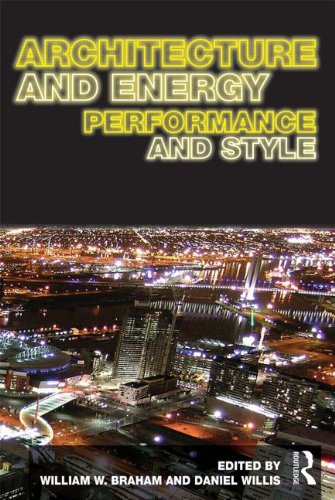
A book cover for Architecture and Energy: Performance and Style; Crafts, Hobbies & Home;